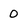
Character: 0